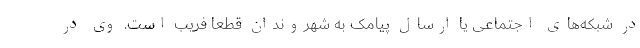
در شبکه‌های اجتماعی یا ارسال پیامک به شهروندان قطعا فریب است. وی در